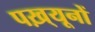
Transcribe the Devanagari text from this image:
पख़्यूनों